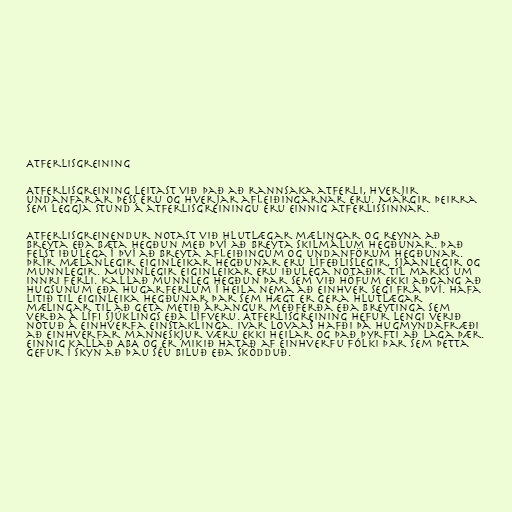
Atferlisgreining

Atferlisgreining leitast við það að rannsaka atferli, hverjir
undanfarar þess eru og hverjar afleiðingarnar eru. Margir þeirra
sem leggja stund á atferlisgreiningu eru einnig atferlissinnar.

Atferlisgreinendur notast við hlutlægar mælingar og reyna að
breyta eða bæta hegðun með því að breyta skilmálum hegðunar. Það
felst iðulega í því að breyta afleiðingum og undanförum hegðunar.
Þrír mælanlegir eiginleikar hegðunar eru lífeðlislegir, sjáanlegir og
munnlegir. Munnlegir eiginleikar eru iðulega notaðir til marks um
innri ferli. Kallað munnleg hegðun þar sem við höfum ekki aðgang að
hugsunum eða hugarferlum í heila nema að einhver segi frá því. Hafa
litið til eiginleika hegðunar þar sem hægt er gera hlutlægar
mælingar til að geta metið árangur meðferða eða breytinga sem
verða á lífi sjúklings eða lífveru. Atferlisgreining hefur lengi verið
notuð á einhverfa einstaklinga. Ivar Lovaas hafði þá hugmyndafræði
að einhverfar manneskjur væru ekki heilar og það þyrfti að laga þær.
Einnig kallað ABA og er mikið hatað af einhverfu fólki þar sem þetta
gefur í skyn að þau séu biluð eða sködduð.